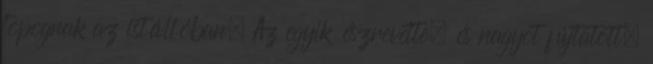
topognak az istállóban. Az egyik észrevette, és nagyot fújtatott.